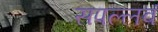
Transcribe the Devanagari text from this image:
सपल्लवं